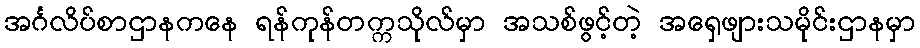
အင်္ဂလိပ်စာဌာနကနေ ရန်ကုန်တက္ကသိုလ်မှာ အသစ်ဖွင့်တဲ့ အရှေဖျားသမိုင်းဌာနမှာ